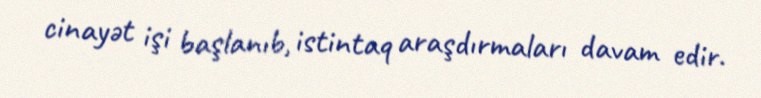
cinayət işi başlanıb, istintaq araşdırmaları davam edir.